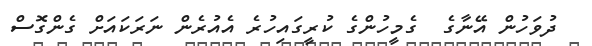
ދުވަހުން އޭނާގެ  ގެމީހުންގެ ކުރީގައިހުރެ އެއުރެން ނަރަކައަށް ގެންގޮސް